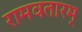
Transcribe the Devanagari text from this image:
रामवतारम्‌